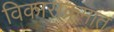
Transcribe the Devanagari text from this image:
विकासक्रमात